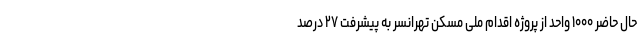
حال حاضر ۱۰۰۰ واحد از پروژه اقدام ملی مسکن تهرانسر به پیشرفت ۲۷ درصد